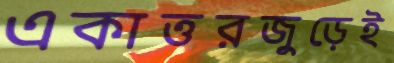
একাত্তরজুড়েই